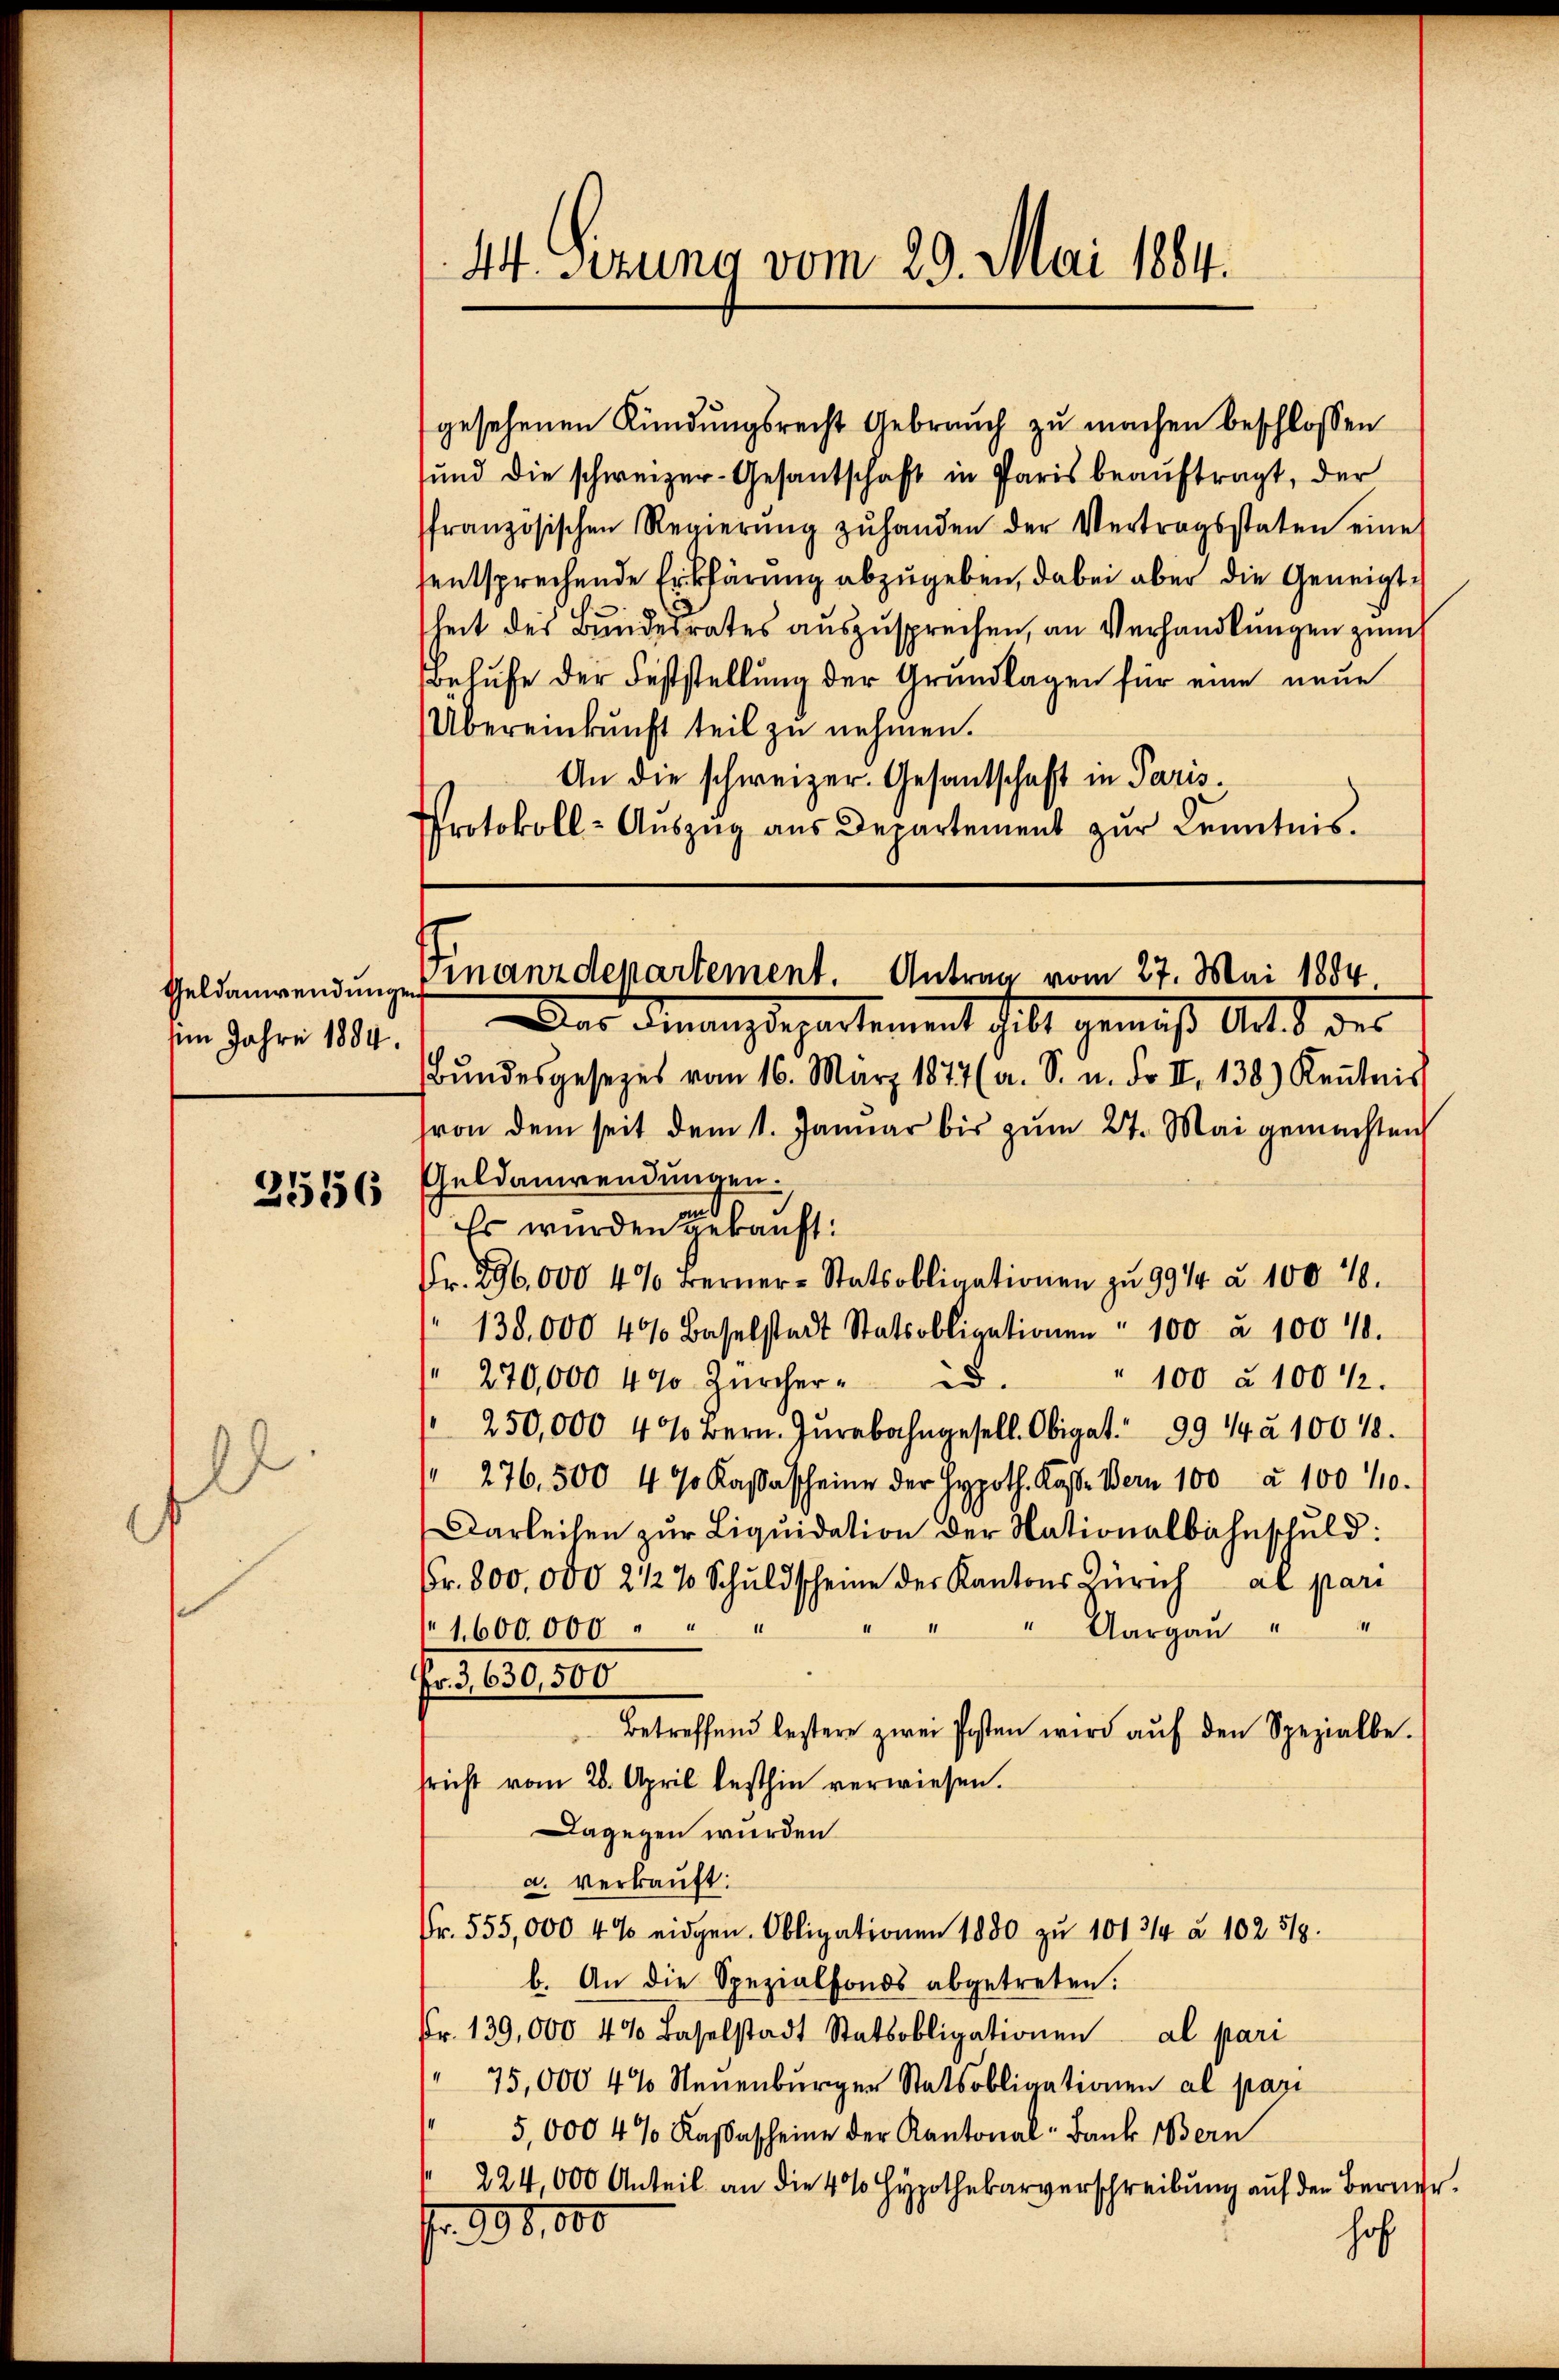
Geldanwendungen
sim Jahre 1884.

h

2556

gesehenen Kündungsrecht Gebrauch zu machen beschlossen
sund die schweizer-Gesantschaft in Paris beaŭftragt, der
französischen Regierŭng zŭ handen der Vertragsstaten eine
entsprechende Erklärung abzugeben, dabei aber die Geneigtheit des Bundesrates auszusprechen, an Verhandlungen zum
Behufe der Feststellung der Grundlagen für eine neue
Übereinkunft teil zu nehmen.
An die schweizer. Gesantschaft in Paris.
Protokoll- Aŭszŭg aŭs Departement zŭr Kenntnis.

4. Serung vom 29. Mai 1884.

Finanzdepartement. Antrag vom 27. Mai 1884.

Das Finanzdepartement hielt gemäß Art. d. der
Bŭndesgesezes vom 16. März 1877 (a. S. u. dr. II. 138.) Keṅtnis
von dem seit dem 1. Januar bis zum 27. Mai gemachten
Geldanwendungen.
d
Es wurden gekauft.
Fr. 296,000 4% Berner-Statsobligationen zŭ 99/4 à 100 18.
138,000 4% Baselstadt Statsobligationen " 100 à 1001.
" 100 à 100 1/2.
270,000 400 Zürcher d.
250,000 4% Bern. Jurabahngesell. Obiget. 99 1/4 à 100 18
" 276. 500 4 % Kassascheine der Hypoth. Kasse Bern 100 à 100 410.
Darleihen zur Liquidation der Nationalbahnschuld:
Fr. 800. 000 2 1/2 % Schuldscheine der Kantons Zürich al pari
Aargau "
1,600,000
Fr. 3, 630,500
Betreffend bestere zwei Posten wird aŭf den Spezialbe-
sricht vom 28. April besthin verwiesen.
Dagegen wurden
a. verkauft:
Fr. 555,000 4% eidgen. Obligationen 1880 zu 1013/4 à 102. 519.
b. An die Spezialfonds abgetreten.
Fr. 139,000 490 Baselstadt Statsobligationen al pari
75,000 4% Neuenburger Statsobligationen al pari
5,000 4 % Kassascheine der Kantonal-Bank Bern
224,000 Anteil an die 4 % Hypothekarverschreibung auf den Berner
fr. 99,000
hof